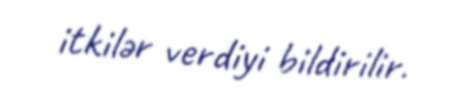
itkilər verdiyi bildirilir.